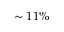
\sim 1 1 \%